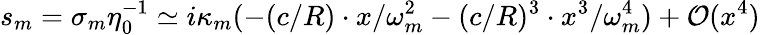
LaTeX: s_{m}=\sigma_{m}\eta_{0}^{-1}\simeq i\kappa_{m}(-(c/R)\cdot x/\omega_{m}^{2}-(c/R)^{3}\cdot x^{3}/\omega_{m}^{4})+\mathcal{O}(x^{4})